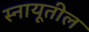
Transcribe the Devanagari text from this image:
स्नायूतील